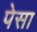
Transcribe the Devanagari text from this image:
पेसा